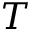
\boldsymbol { T }